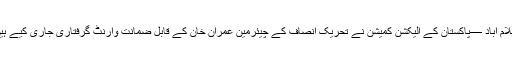
اسلام آباد —پاکستان کے الیکشن کمیشن نے تحریک انصاف کے چیئرمین عمران خان کے قابل ضمانت وارنٹ گرفتاری جاری کیے ہیں۔